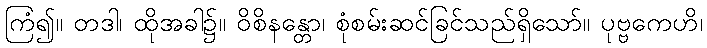
ကြံ၍။ တဒါ၊ ထိုအခါ၌။ ဝိစိနန္တော၊ စုံစမ်းဆင်ခြင်သည်ရှိသော်။ ပုဗ္ဗကေဟိ၊